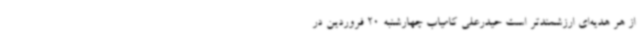
از هر هدیه‌ای ارزشمندتر است حیدرعلی کامیاب چهارشنبه 20 فروردین در